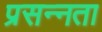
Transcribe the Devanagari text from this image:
प्रसन्‍नता